Leprosy in India: report of the Leprosy Commission in India, 1890-91
Year: 1890
Disease focus: Leprosy
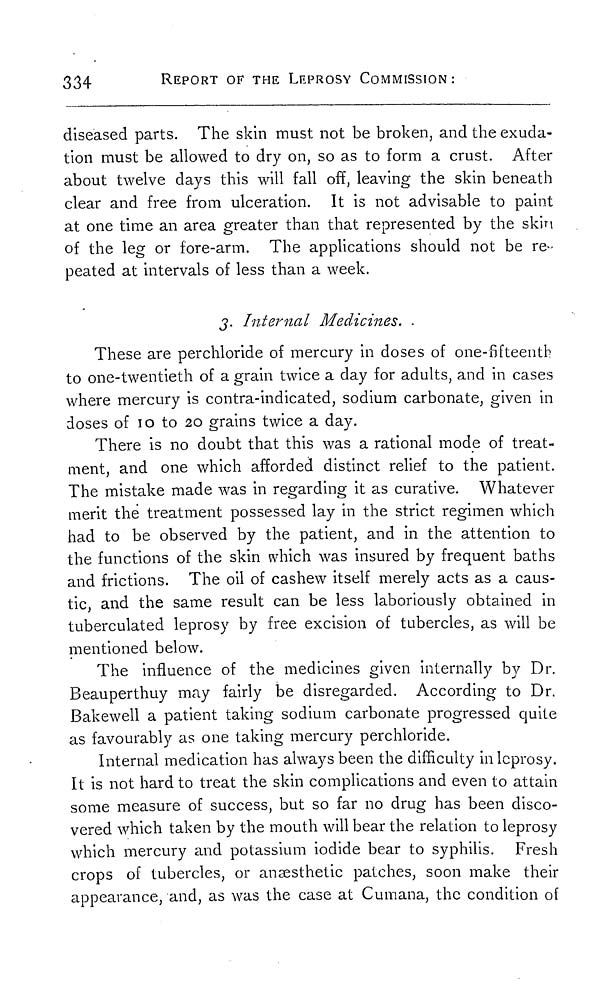
334
REPORT OF THE LEPROSY COMMISSION:
diseased parts. The skin must not be broken, and the exuda-
tion must be allowed to dry on, so as to form a crust. After
about twelve days this will fall off, leaving the skin beneath
clear and free from ulceration. It is not advisable to paint
at one time an area greater than that represented by the skin
of the leg or fore-arm. The applications should not be re-
peated at intervals of less than a week.
3. Internal Medicines.
These are perchloride of mercury in doses of one-fifteenth
to one-twentieth of a grain twice a day for adults, and in cases
where mercury is contra-indicated, sodium carbonate, given in
doses of 10 to 20 grains twice a day.
There is no doubt that this was a rational mode of treat-
ment, and one which afforded distinct relief to the patient.
The mistake made was in regarding it as curative. Whatever
merit the treatment possessed lay in the strict regimen which
had to be observed by the patient, and in the attention to
the functions of the skin which was insured by frequent baths
and frictions. The oil of cashew itself merely acts as a caus-
tic, and the same result can be less laboriously obtained in
tuberculated leprosy by free excision of tubercles, as will be
mentioned below.
The influence of the medicines given internally by Dr.
Beauperthuy may fairly be disregarded. According to Dr.
Bakewell a patient taking sodium carbonate progressed quite
as favourably as one taking mercury perchloride.
Internal medication has always been the difficulty in leprosy.
It is not hard to treat the skin complications and even to attain
some measure of success, but so far no drug has been disco-
vered which taken by the mouth will bear the relation to leprosy
which mercury and potassium iodide bear to syphilis. Fresh
crops of tubercles, or anaesthetic patches, soon make their
appearance, and, as was the case at Cumana, the condition of